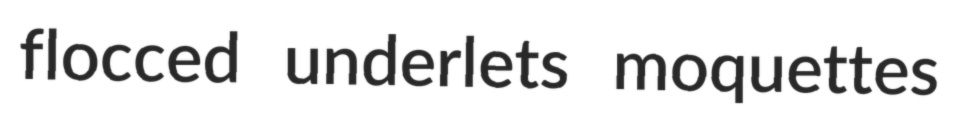
flocced underlets moquettes